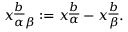
x _ { \alpha \beta } \sp { \underline { { { b } } } } : = x _ { \alpha } \sp { \underline { { { b } } } } - x _ { \beta } \sp { \underline { { { b } } } } .